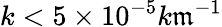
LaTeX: k<5\times10^{-5}k\mathfrak{m}^{-1}